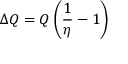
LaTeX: \Delta Q = Q \left( { \frac { 1 } { \eta } } - 1 \right)